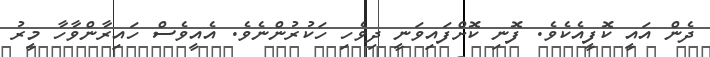
ދެން އައީ ކޮފީއެކެވެ. ފޮނި ކޮށްފައިވަނީ ދިވެހި ހަކުރުންނެވެ. އެއީވެސް ހައިރާންވާހާ މީރު